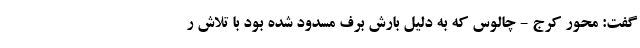
گفت: محور کرج - چالوس که به دلیل بارش برف مسدود شده بود با تلاش ر